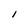
Character: I